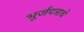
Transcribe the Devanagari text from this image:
भूर्जपत्राचे